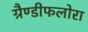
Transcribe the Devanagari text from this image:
ग्रैण्डीफलोरा